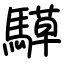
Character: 騲